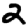
Digit: 2